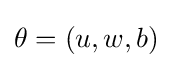
\theta =(u,w,b)